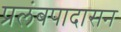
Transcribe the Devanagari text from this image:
प्रलंबपादासन